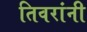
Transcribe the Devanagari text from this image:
तिवरांनी